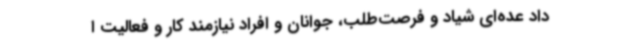
داد عده‌ای شیاد و فرصت‌طلب، جوانان و افراد نیازمند کار و فعالیت ا